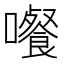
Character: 𡄄